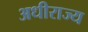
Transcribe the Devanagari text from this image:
अधीराज्य